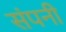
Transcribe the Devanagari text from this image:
संपनी